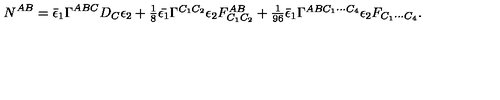
N ^ { A B } = \bar { \epsilon } _ { 1 } \Gamma ^ { A B C } D _ { C } \epsilon _ { 2 } + \textstyle { \frac { 1 } { 8 } } \bar { \epsilon _ { 1 } } \Gamma ^ { C _ { 1 } C _ { 2 } } \epsilon _ { 2 } F _ { C _ { 1 } C _ { 2 } } ^ { A B } + \textstyle { \frac { 1 } { 9 6 } } \bar { \epsilon } _ { 1 } \Gamma ^ { A B C _ { 1 } \cdots C _ { 4 } } \epsilon _ { 2 } F _ { C _ { 1 } \cdots C _ { 4 } } .